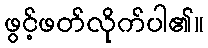
ဖွင့်ဖတ်လိုက်ပါ၏။